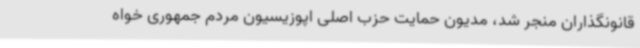
قانونگذاران منجر شد، مدیون حمایت حزب اصلی اپوزیسیون مردم جمهوری خواه